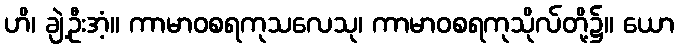
ဟိ၊ ချဲ့ဦးအံ့။ ကာမာဝစရကုသလေသု၊ ကာမာဝစရကုသိုလ်တို့၌။ ယော